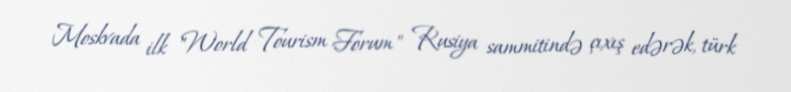
Moskvada ilk "World Tourism Forum" Rusiya sammitində çıxış edərək, türk